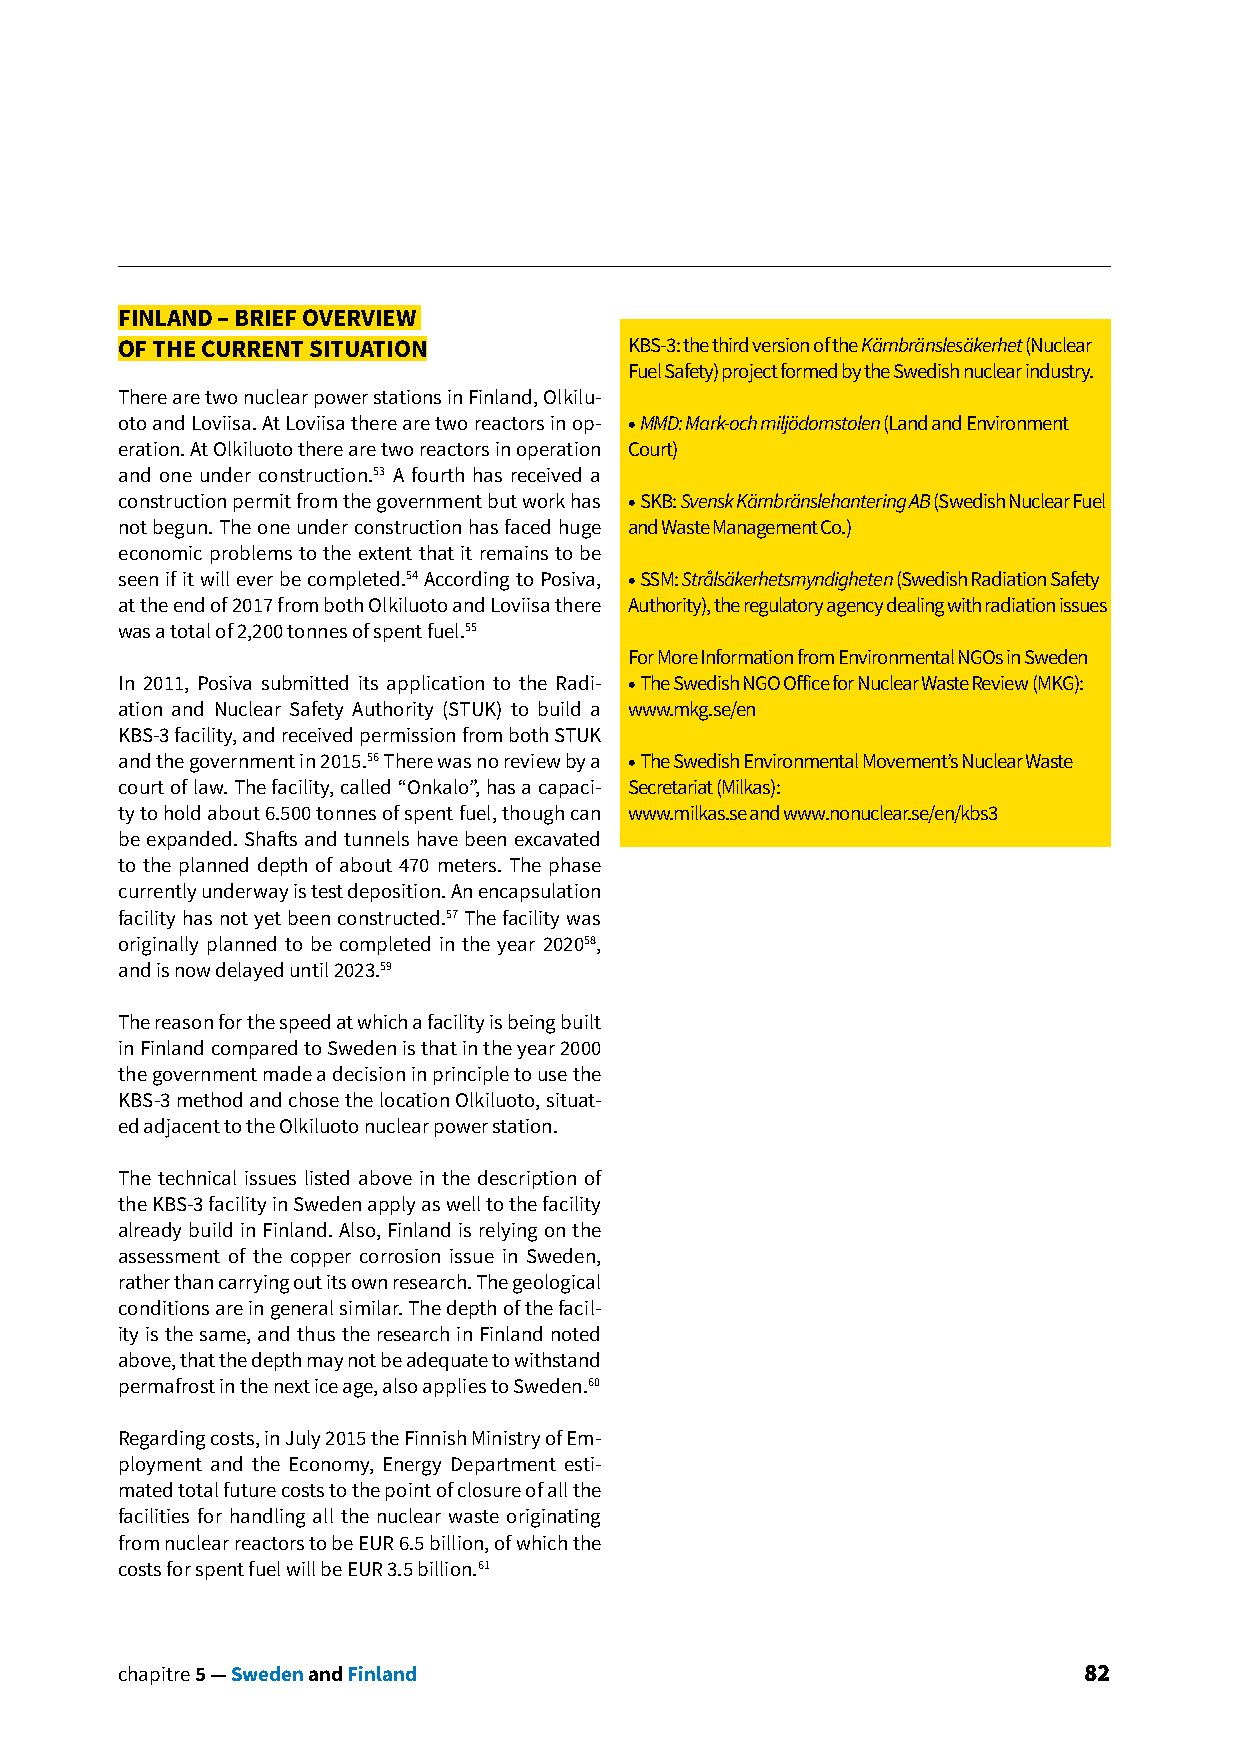
FINLAND – BRIEF OVERVIEW
 OF THE CURRENT SITUATION          KBS-3: the third version of the Kärnbränslesäkerhet (Nuclear
 Fuel Safety) project formed by the Swedish nuclear industry.
 There are two nuclear power stations in Finland, Olkilu-
 oto and Loviisa. At Loviisa there are two reactors in op- • MMD: Mark-och miljödomstolen (Land and Environment
 eration. At Olkiluoto there are two reactors in operation Court)
 and one under construction.53 A fourth has received a
 construction permit from the government but work has • SKB: Svensk Kärnbränslehantering AB (Swedish Nuclear Fuel
 not begun. The one under construction has faced huge and Waste Management Co.)
 economic problems to the extent that it remains to be
 seen if it will ever be completed.54 According to Posiva, • SSM: Strålsäkerhetsmyndigheten (Swedish Radiation Safety
 at the end of 2017 from both Olkiluoto and Loviisa there Authority), the regulatory agency dealing with radiation issues
 was a total of 2,200 tonnes of spent fuel.55
 For More Information from Environmental NGOs in Sweden
 In 2011, Posiva submitted its application to the Radi- • The Swedish NGO Office for Nuclear Waste Review (MKG):
 ation and Nuclear Safety Authority (STUK) to build a www.mkg.se/en
 KBS-3 facility, and received permission from both STUK
 and the government in 2015.56 There was no review by a • The Swedish Environmental Movement’s Nuclear Waste
 court of law. The facility, called “Onkalo”, has a capaci- Secretariat (Milkas):
 ty to hold about 6.500 tonnes of spent fuel, though can www.milkas.se and www.nonuclear.se/en/kbs3
 be expanded. Shafts and tunnels have been excavated
 to the planned depth of about 470 meters. The phase
 currently underway is test deposition. An encapsulation
 facility has not yet been constructed.57 The facility was
 originally planned to be completed in the year 202058,
 and is now delayed until 2023.59
 The reason for the speed at which a facility is being built
 in Finland compared to Sweden is that in the year 2000
 the government made a decision in principle to use the
 KBS-3 method and chose the location Olkiluoto, situat-
 ed adjacent to the Olkiluoto nuclear power station.
 The technical issues listed above in the description of
 the KBS-3 facility in Sweden apply as well to the facility
 already build in Finland. Also, Finland is relying on the
 assessment of the copper corrosion issue in Sweden,
 rather than carrying out its own research. The geological
 conditions are in general similar. The depth of the facil-
 ity is the same, and thus the research in Finland noted
 above, that the depth may not be adequate to withstand
 permafrost in the next ice age, also applies to Sweden.60
 Regarding costs, in July 2015 the Finnish Ministry of Em-
 ployment and the Economy, Energy Department esti-
 mated total future costs to the point of closure of all the
 facilities for handling all the nuclear waste originating
 from nuclear reactors to be EUR 6.5 billion, of which the
 costs for spent fuel will be EUR 3.5 billion.61
 chapitre 5 — Sweden and Finland                                 82